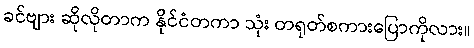
ခင်ဗျား ဆိုလိုတာက နိုင်ငံတကာ သုံး တရုတ်စကားပြောကိုလား။